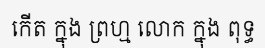
កើត ក្នុង ព្រហ្ម លោក ក្នុង ពុទ្ធ